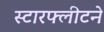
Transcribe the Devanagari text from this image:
स्टारफ्लीटने